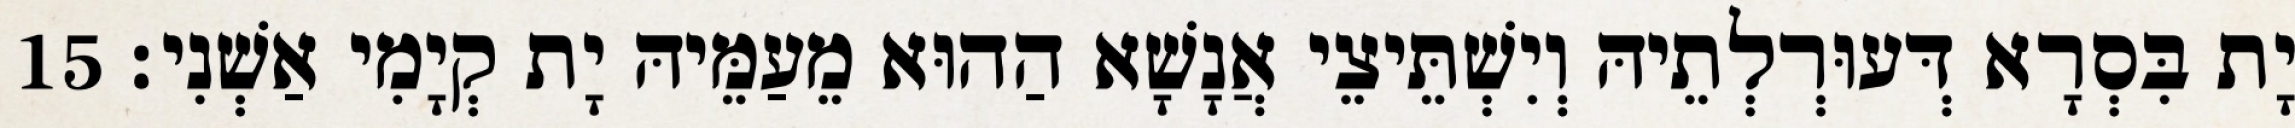
יָת בִּסְרָא דְּעוּרְלְתֵיהּ וְיִשְׁתֵּיצֵי אֲנָשָׁא הַהוּא מֵעַמֵּיהּ יָת קְיָמִי אַשְׁנִי׃ 15